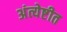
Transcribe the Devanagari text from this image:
अंत्येष्टीत